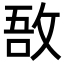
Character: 敔